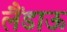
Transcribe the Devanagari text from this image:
लैंडाऊ